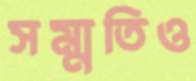
সম্মতিও